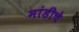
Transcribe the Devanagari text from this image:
मांडीचे